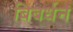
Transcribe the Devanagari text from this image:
बिबर्धन